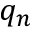
q _ { n }